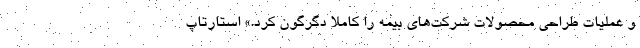
و عملیات طراحی محصولات شرکت‌های بیمه را کاملا دگرگون کرد.» استارتاپ